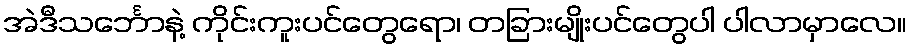
အဲဒီသင်္ဘောနဲ့ ကိုင်းကူးပင်တွေရော၊ တခြားမျိုးပင်တွေပါ ပါလာမှာလေ။